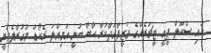
ހައި ސްކޫލް ޕީއީ ޓީޗަރެއްގެ ވަޒީފާއަދާކުރާ ހާބާ ބުނީ އަމިއްލަ ރެކޯޑް މުގުރާލެވުނީ